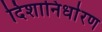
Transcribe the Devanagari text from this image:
दिशानिर्धारण